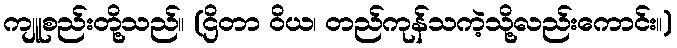
ကျူစည်းတို့သည်။ (ဌိတာ ဝိယ၊ တည်ကုန်သကဲ့သို့လည်းကောင်း။)